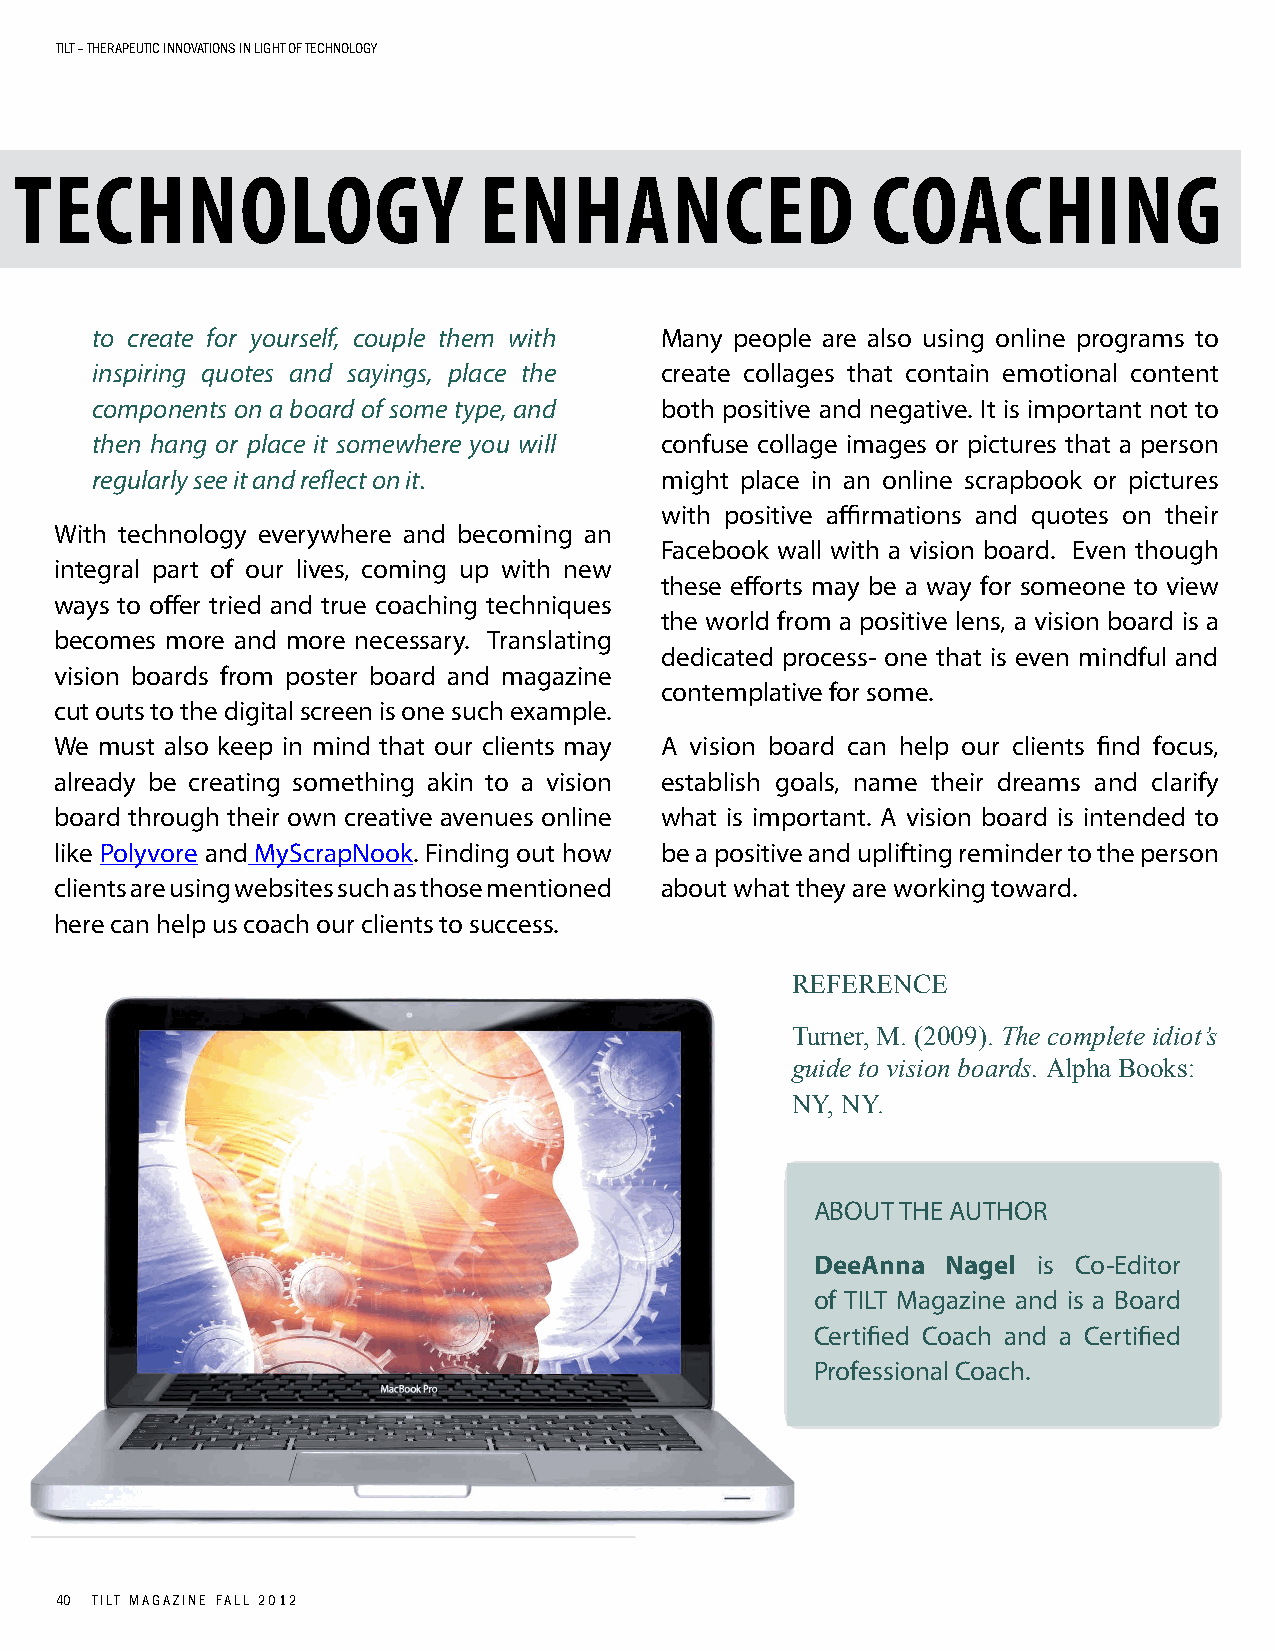
TILT – TherapeuTIc InnovaTIons In LIghT of TechnoLogy
 TECHNOLOGY                     ENHANCED                  COACHING
 to create for yourself, couple them with Many people are also using online programs to
 inspiring quotes and sayings, place the create collages that contain emotional content
 components on a board of some type, and both positive and negative. It is important not to
 then hang or place it somewhere you will confuse collage images or pictures that a person
 regularly see it and reflect on it.   might place in an online scrapbook or pictures
 with positive affirmations and quotes on their
 With technology everywhere and becoming an
 Facebook wall with a vision board. Even though
 integral part of our lives, coming up with new
 these efforts may be a way for someone to view
 ways to offer tried and true coaching techniques
 the world from a positive lens, a vision board is a
 becomes more and more necessary. Translating
 dedicated process- one that is even mindful and
 vision boards from poster board and magazine
 contemplative for some.
 cut outs to the digital screen is one such example.
 We must also keep in mind that our clients may A vision board can help our clients find focus,
 already be creating something akin to a vision establish goals, name their dreams and clarify
 board through their own creative avenues online what is important. A vision board is intended to
 like Polyvore and MyScrapNook. Finding out how be a positive and uplifting reminder to the person
 clients are using websites such as those mentioned about what they are working toward.
 here can help us coach our clients to success.
 REFERENCE
 Turner, M. (2009). The complete idiot’s
 guide to vision boards. Alpha Books:
 NY, NY.
 ABOUT THE AUTHOR
 deeanna  nagel is Co-Editor
 of TILT Magazine and is a Board
 Certified Coach and a Certified
 Professional Coach.
 40 TILT MAGAZINE FALL 2012